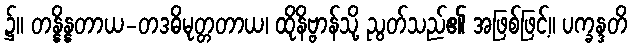
၌။ တန္နိန္နတာယ-တဒဓိမုတ္တတာယ၊ ထိုနိဗ္ဗာန်သို့ ညွတ်သည်၏ အဖြစ်ဖြင့်။ ပက္ခန္ဒတိ